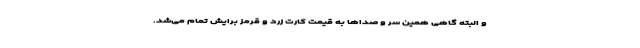
و البته گاهی همین سر و صداها به قیمت کارت زرد و قرمز برایش تمام می‌شد.